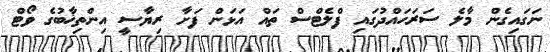
ނަގައިގެން މާލެ ސަރަަހައްދުގައި ފްލެޓްސް ތައް އަޅަން ފަށާ ރިޔާސީ އިންތިޚާބުގެ ވޯޓް